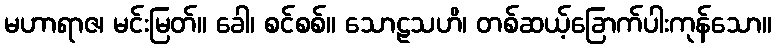
မဟာရာဇ၊ မင်းမြတ်။ ခေါ၊ စင်စစ်။ သောဠသဟိ၊ တစ်ဆယ့်ခြောက်ပါးကုန်သော။